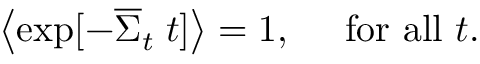
\left\langle { \exp [ - { \overline { { \Sigma } } } _ { t } \; t ] } \right\rangle = 1 , \quad { \mathrm { ~ f o r ~ a l l ~ } } t .